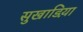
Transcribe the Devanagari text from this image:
सुखाडिय़ा